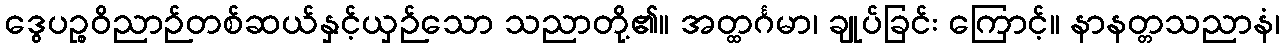
ဒွေပဉ္စဝိညာဉ်တစ်ဆယ်နှင့်ယှဉ်သော သညာတို့၏။ အတ္ထင်္ဂမာ၊ ချုပ်ခြင်း ကြောင့်။ နာနတ္တသညာနံ၊